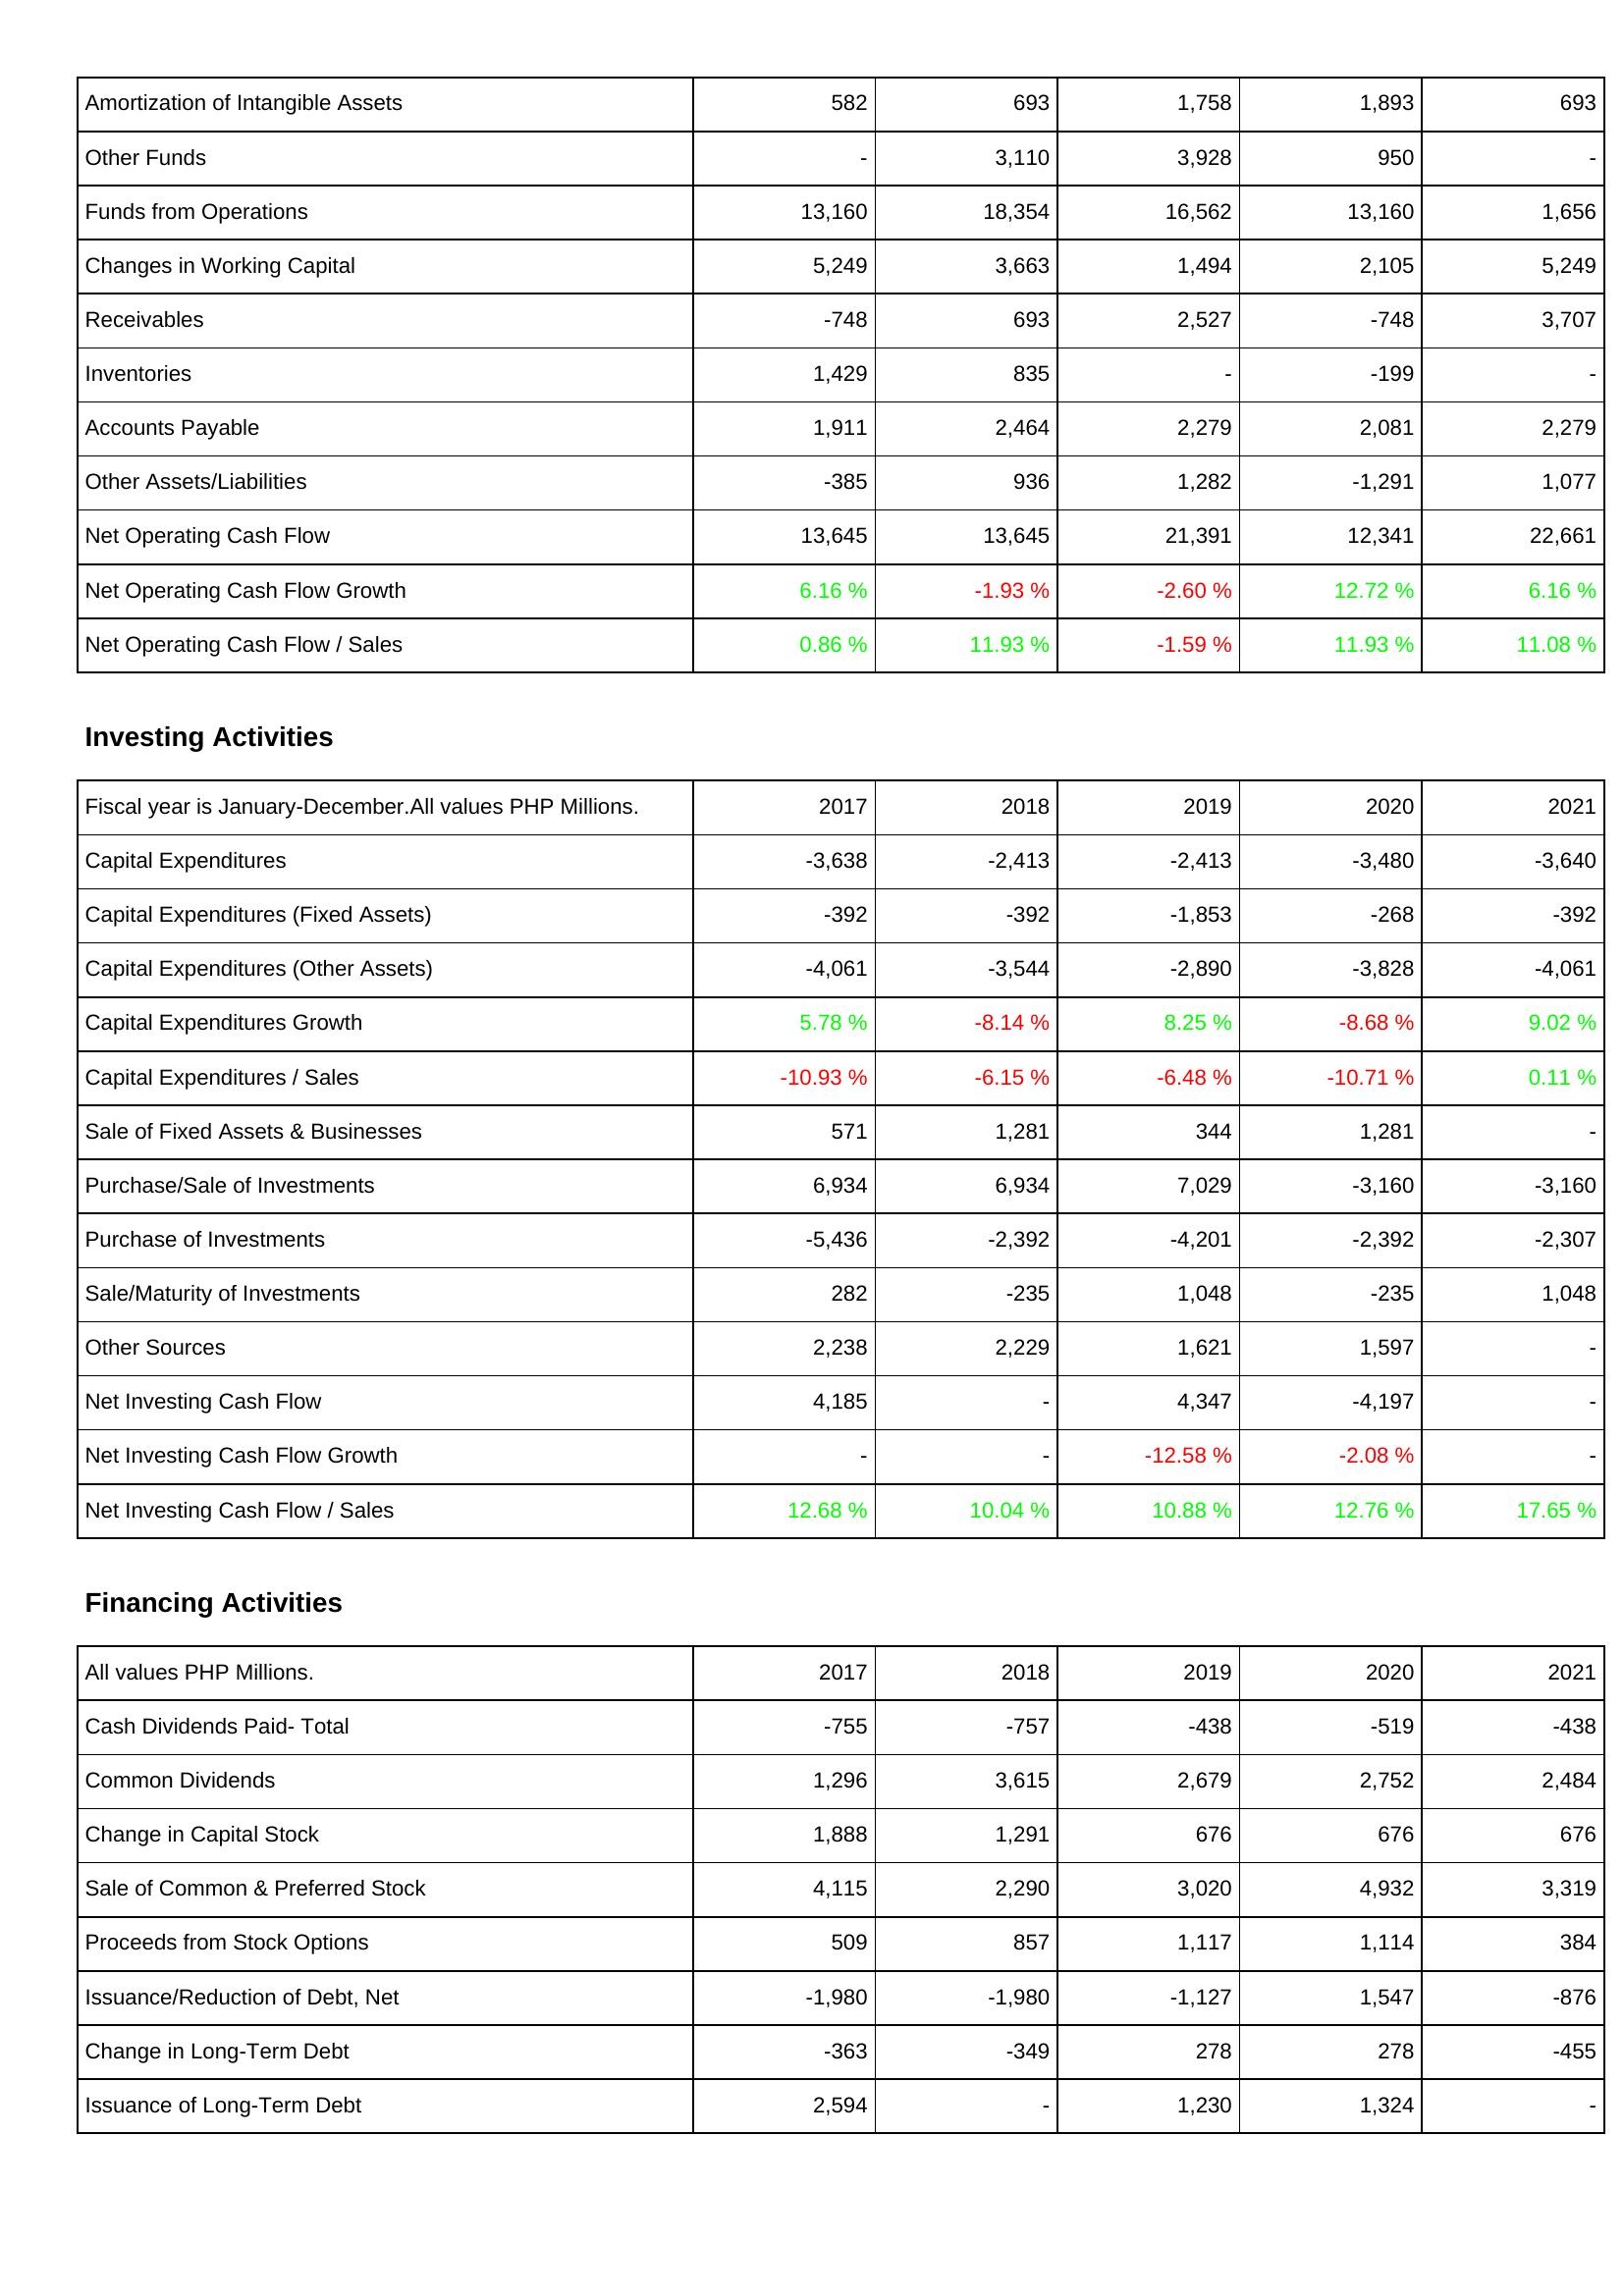
2017: Operating Activities: Amortization of Intangible Assets: 582
Other Funds: -
Funds from Operations: 13,160
Changes in Working Capital: 5,249
Receivables: -748
Inventories: 1,429
Accounts Payable: 1,911
Other Assets/Liabilities: -385
Net Operating Cash Flow: 13,645
Net Operating Cash Flow Growth: 6.16 %
Net Operating Cash Flow / Sales: 0.86 %
Investing Activities: Capital Expenditures: -3,638
Capital Expenditures (Fixed Assets): -392
Capital Expenditures (Other Assets): -4,061
Capital Expenditures Growth: 5.78 %
Capital Expenditures / Sales: -10.93 %
Sale of Fixed Assets & Businesses: 571
Purchase/Sale of Investments: 6,934
Purchase of Investments: -5,436
Sale/Maturity of Investments: 282
Other Sources: 2,238
Net Investing Cash Flow: 4,185
Net Investing Cash Flow Growth: -
Net Investing Cash Flow / Sales: 12.68 %
Financing Activities: Cash Dividends Paid- Total: -755
Common Dividends: 1,296
Change in Capital Stock: 1,888
Sale of Common & Preferred Stock: 4,115
Proceeds from Stock Options: 509
Issuance/Reduction of Debt, Net: -1,980
Change in Long-Term Debt: -363
Issuance of Long-Term Debt: 2,594
2018: Operating Activities: Amortization of Intangible Assets: 693
Other Funds: 3,110
Funds from Operations: 18,354
Changes in Working Capital: 3,663
Receivables: 693
Inventories: 835
Accounts Payable: 2,464
Other Assets/Liabilities: 936
Net Operating Cash Flow: 13,645
Net Operating Cash Flow Growth: -1.93 %
Net Operating Cash Flow / Sales: 11.93 %
Investing Activities: Capital Expenditures: -2,413
Capital Expenditures (Fixed Assets): -392
Capital Expenditures (Other Assets): -3,544
Capital Expenditures Growth: -8.14 %
Capital Expenditures / Sales: -6.15 %
Sale of Fixed Assets & Businesses: 1,281
Purchase/Sale of Investments: 6,934
Purchase of Investments: -2,392
Sale/Maturity of Investments: -235
Other Sources: 2,229
Net Investing Cash Flow: -
Net Investing Cash Flow Growth: -
Net Investing Cash Flow / Sales: 10.04 %
Financing Activities: Cash Dividends Paid- Total: -757
Common Dividends: 3,615
Change in Capital Stock: 1,291
Sale of Common & Preferred Stock: 2,290
Proceeds from Stock Options: 857
Issuance/Reduction of Debt, Net: -1,980
Change in Long-Term Debt: -349
Issuance of Long-Term Debt: -
2019: Operating Activities: Amortization of Intangible Assets: 1,758
Other Funds: 3,928
Funds from Operations: 16,562
Changes in Working Capital: 1,494
Receivables: 2,527
Inventories: -
Accounts Payable: 2,279
Other Assets/Liabilities: 1,282
Net Operating Cash Flow: 21,391
Net Operating Cash Flow Growth: -2.60 %
Net Operating Cash Flow / Sales: -1.59 %
Investing Activities: Capital Expenditures: -2,413
Capital Expenditures (Fixed Assets): -1,853
Capital Expenditures (Other Assets): -2,890
Capital Expenditures Growth: 8.25 %
Capital Expenditures / Sales: -6.48 %
Sale of Fixed Assets & Businesses: 344
Purchase/Sale of Investments: 7,029
Purchase of Investments: -4,201
Sale/Maturity of Investments: 1,048
Other Sources: 1,621
Net Investing Cash Flow: 4,347
Net Investing Cash Flow Growth: -12.58 %
Net Investing Cash Flow / Sales: 10.88 %
Financing Activities: Cash Dividends Paid- Total: -438
Common Dividends: 2,679
Change in Capital Stock: 676
Sale of Common & Preferred Stock: 3,020
Proceeds from Stock Options: 1,117
Issuance/Reduction of Debt, Net: -1,127
Change in Long-Term Debt: 278
Issuance of Long-Term Debt: 1,230
2020: Operating Activities: Amortization of Intangible Assets: 1,893
Other Funds: 950
Funds from Operations: 13,160
Changes in Working Capital: 2,105
Receivables: -748
Inventories: -199
Accounts Payable: 2,081
Other Assets/Liabilities: -1,291
Net Operating Cash Flow: 12,341
Net Operating Cash Flow Growth: 12.72 %
Net Operating Cash Flow / Sales: 11.93 %
Investing Activities: Capital Expenditures: -3,480
Capital Expenditures (Fixed Assets): -268
Capital Expenditures (Other Assets): -3,828
Capital Expenditures Growth: -8.68 %
Capital Expenditures / Sales: -10.71 %
Sale of Fixed Assets & Businesses: 1,281
Purchase/Sale of Investments: -3,160
Purchase of Investments: -2,392
Sale/Maturity of Investments: -235
Other Sources: 1,597
Net Investing Cash Flow: -4,197
Net Investing Cash Flow Growth: -2.08 %
Net Investing Cash Flow / Sales: 12.76 %
Financing Activities: Cash Dividends Paid- Total: -519
Common Dividends: 2,752
Change in Capital Stock: 676
Sale of Common & Preferred Stock: 4,932
Proceeds from Stock Options: 1,114
Issuance/Reduction of Debt, Net: 1,547
Change in Long-Term Debt: 278
Issuance of Long-Term Debt: 1,324
2021: Operating Activities: Amortization of Intangible Assets: 693
Other Funds: -
Funds from Operations: 1,656
Changes in Working Capital: 5,249
Receivables: 3,707
Inventories: -
Accounts Payable: 2,279
Other Assets/Liabilities: 1,077
Net Operating Cash Flow: 22,661
Net Operating Cash Flow Growth: 6.16 %
Net Operating Cash Flow / Sales: 11.08 %
Investing Activities: Capital Expenditures: -3,640
Capital Expenditures (Fixed Assets): -392
Capital Expenditures (Other Assets): -4,061
Capital Expenditures Growth: 9.02 %
Capital Expenditures / Sales: 0.11 %
Sale of Fixed Assets & Businesses: -
Purchase/Sale of Investments: -3,160
Purchase of Investments: -2,307
Sale/Maturity of Investments: 1,048
Other Sources: -
Net Investing Cash Flow: -
Net Investing Cash Flow Growth: -
Net Investing Cash Flow / Sales: 17.65 %
Financing Activities: Cash Dividends Paid- Total: -438
Common Dividends: 2,484
Change in Capital Stock: 676
Sale of Common & Preferred Stock: 3,319
Proceeds from Stock Options: 384
Issuance/Reduction of Debt, Net: -876
Change in Long-Term Debt: -455
Issuance of Long-Term Debt: -